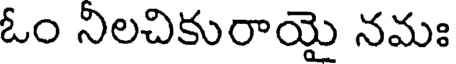
ఓం నిలచికురాయై నమః